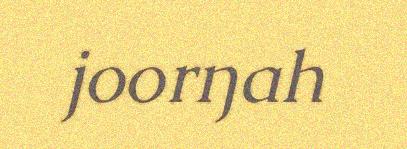
joorŋah